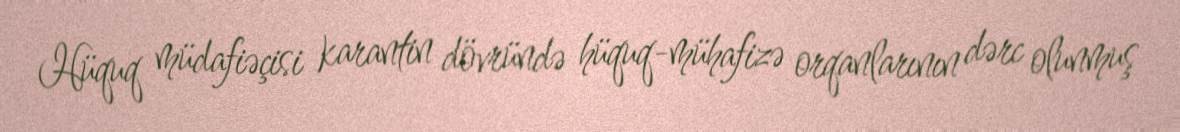
Hüquq müdafiəçisi karantin dövründə hüquq-mühafizə orqanlarının dərc olunmuş